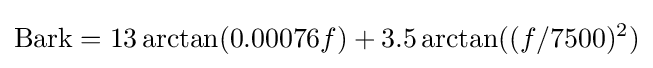
{\text{Bark}}=13\arctan(0.00076f)+3.5\arctan((f/7500)^{2})